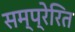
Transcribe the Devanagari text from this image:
सम्प्रेरित